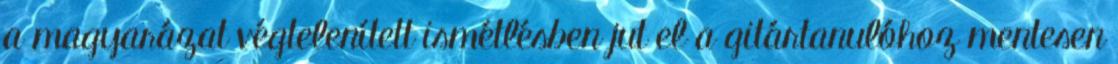
a magyarázat végtelenített ismétlésben jut el a gitártanulóhoz mentesen